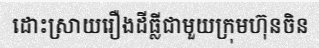
ដោះស្រាយរឿងដីធ្លីជាមួយក្រុមហ៊ុនចិន